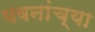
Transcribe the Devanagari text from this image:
यवनांच्या